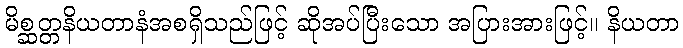
မိစ္ဆတ္တနိယတာနံအစရှိသည်ဖြင့် ဆိုအပ်ပြီးသော အပြားအားဖြင့်။ နိယတာ